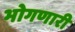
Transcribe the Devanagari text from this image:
भोगणारी